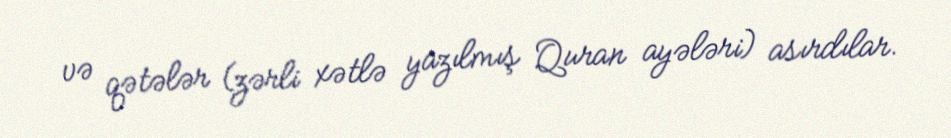
və qətələr (zərli xətlə yazılmış Quran ayələri) asırdılar.